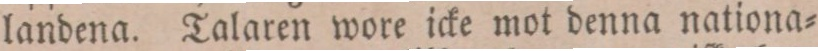
landena. Talaren wore icke mot denna nationa=